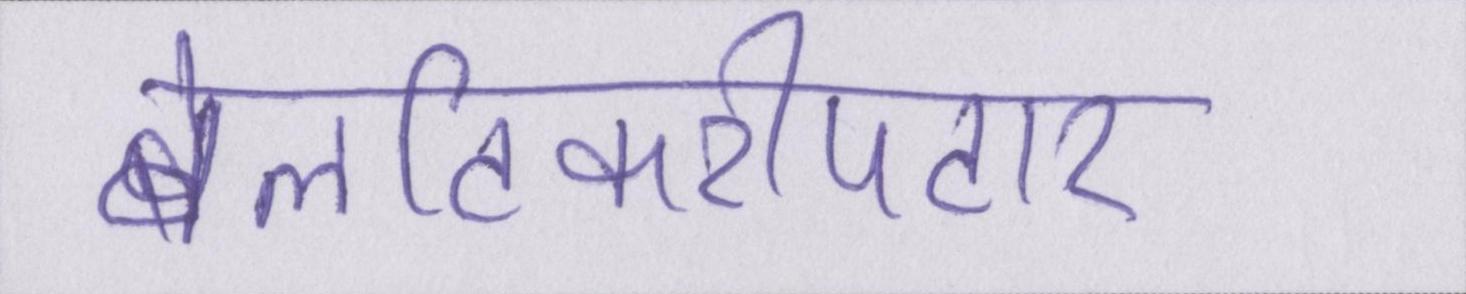
बेलटिकरीपटार